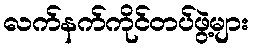
လက်နက်ကိုင်တပ်ဖွဲ့များ